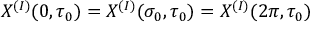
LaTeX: X ^ { ( I ) } ( 0 , \tau _ { 0 } ) = X ^ { ( I ) } ( \sigma _ { 0 } , \tau _ { 0 } ) = X ^ { ( I ) } ( 2 \pi , \tau _ { 0 } )